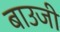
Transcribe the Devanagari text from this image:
बाउजी